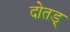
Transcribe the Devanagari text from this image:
दोतड्